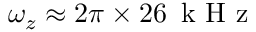
\omega _ { z } \approx 2 \pi \times 2 6 \, \mathrm { ~ k ~ H ~ z ~ }